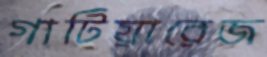
গাটিয়ারেজ